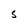
Character: S